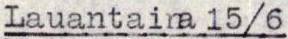
Lauantaina 15/6